Annual administration report of the Civil Veterinary Department of India - 1900-1901
Year: 1900
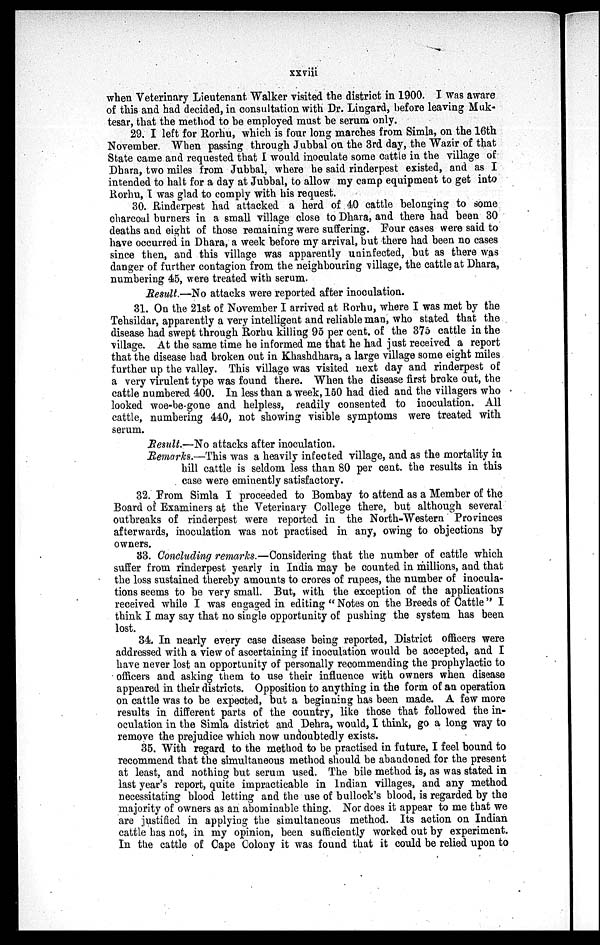
xxviii
when Veterinary Lieutenant Walker visited the district in 1900. I was aware
of this and had decided, in consultation with Dr. Lingard, before leaving Muk-
tesar, that the method to be employed must be serum only.
29. I left for Rorhu, which is four long marches from Simla, on the 16th
November. When passing through Jubbal on the 3rd day, the Wazir of that
State came and requested that I would inoculate some cattle in the village of
Dhara, two miles from Jubbal, where he said rinderpest existed, and as I
intended to halt for a day at Jubbal, to allow my camp equipment to get into
Rorhu, I was glad to comply with his request.
30. Rinderpest had attacked a herd of 40 cattle belonging to some
charcoal burners in a small village close to Dhara, and there had been 30
deaths and eight of those remaining were suffering. Four cases were said to
have occurred in Dhara, a week before my arrival, but there had been no cases
since then, and this village was apparently uninfected, but as there was
danger of further contagion from the neighbouring village, the cattle at Dhara,
numbering 45, were treated with serum.
Result.—No attacks were reported after inoculation.
31. On the 21st of November I arrived at Rorhu, where I was met by the
Tehsildar, apparently a very intelligent and reliable man, who stated that the
disease had swept through Rorhu killing 95 per cent. of the 375 cattle in the
village. At the same time he informed me that he had just received a report
that the disease had broken out in Khashdhara, a large village some eight miles
further up the valley. This village was visited next day and rinderpest of
a very virulent type was found there. When the disease first broke out, the
cattle numbered 400. In less than a week, 150 had died and the villagers who
looked woe-be-gone and helpless, readily consented to inoculation. All
cattle, numbering 440, not showing visible symptoms were treated with
serum.
Result.—No attacks after inoculation.
Remarks.—This was a heavily infected village, and as the mortality in
hill cattle is seldom less than 80 per cent. the results in this
case were eminently satisfactory.
32. From Simla I proceeded to Bombay to attend as a Member of the
Board of Examiners at the Veterinary College there, but although several
outbreaks of rinderpest were reported in the North-Western Provinces
afterwards, inoculation was not practised in any, owing to objections by
owners.
33. Concluding remarks.—Considering that the number of cattle which
suffer from rinderpest yearly in India may be counted in millions, and that
the loss sustained thereby amounts to crores of rupees, the number of inocula-
tions seems to be very small. But, with the exception of the applications
received while I was engaged in editing "Notes on the Breeds of Cattle" I
think I may say that no single opportunity of pushing the system has been
lost.
34. In nearly every case disease being reported, District officers were
addressed with a view of ascertaining if inoculation would be accepted, and I
have never lost an opportunity of personally recommending the prophylactic to
officers and asking them to use their influence with owners when disease
appeared in their districts. Opposition to anything in the form of an operation
on cattle was to be expected, but a beginning has been made. A few more
results in different parts of the country, like those that followed the in-
oculation in the Simla district and Dehra, would, I think, go a long way to
remove the prejudice which now undoubtedly exists.
35. With regard to the method to be practised in future, I feel bound to
recommend that the simultaneous method should be abandoned for the present
at least, and nothing but serum used. The bile method is, as was stated in
last year's report, quite impracticable in Indian villages, and any method
necessitating blood letting and the use of bullock's blood, is regarded by the
majority of owners as an abominable thing. Nor does it appear to me that we
are justified in applying the simultaneous method. Its action on Indian
cattle has not, in my opinion, been sufficiently worked out by experiment.
In the cattle of Cape Colony it was found that it could be relied upon to